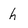
Character: h